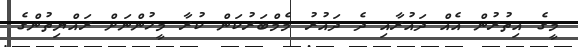
މީގެ އިތުރުން އެއް ދައުރާއި ދެ ދައުރު މެމްބަރުކަން ކުރާ މީހުންނަށް ރައްޔިތުންގެ